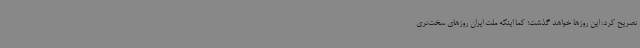
تصریح کرد: این روزها خواهد گذشت؛ کما اینکه ملت ایران روزهای سخت‌تری